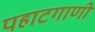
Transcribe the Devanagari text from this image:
पहाटगाणी